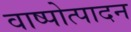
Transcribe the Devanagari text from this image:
वाष्पोत्पादन